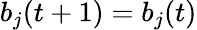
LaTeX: b_{j}(t+1)=b_{j}(t)